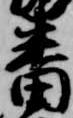
番